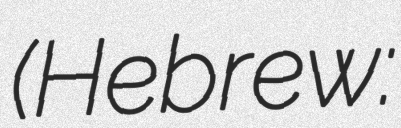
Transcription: (Hebrew: